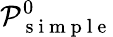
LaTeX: \mathcal P_{\mathrm{~s~i~m~p~l~e~}}^{0}